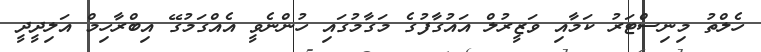
ހެލްތު މިނިސްޓަރު ކަމާއި ވަޒީރުލް އައުގާފުގެ މަގާމުގައި ހުންނެވީ އެއްގަމުގޭ އިބްރާހިމް އަލިދީދީ